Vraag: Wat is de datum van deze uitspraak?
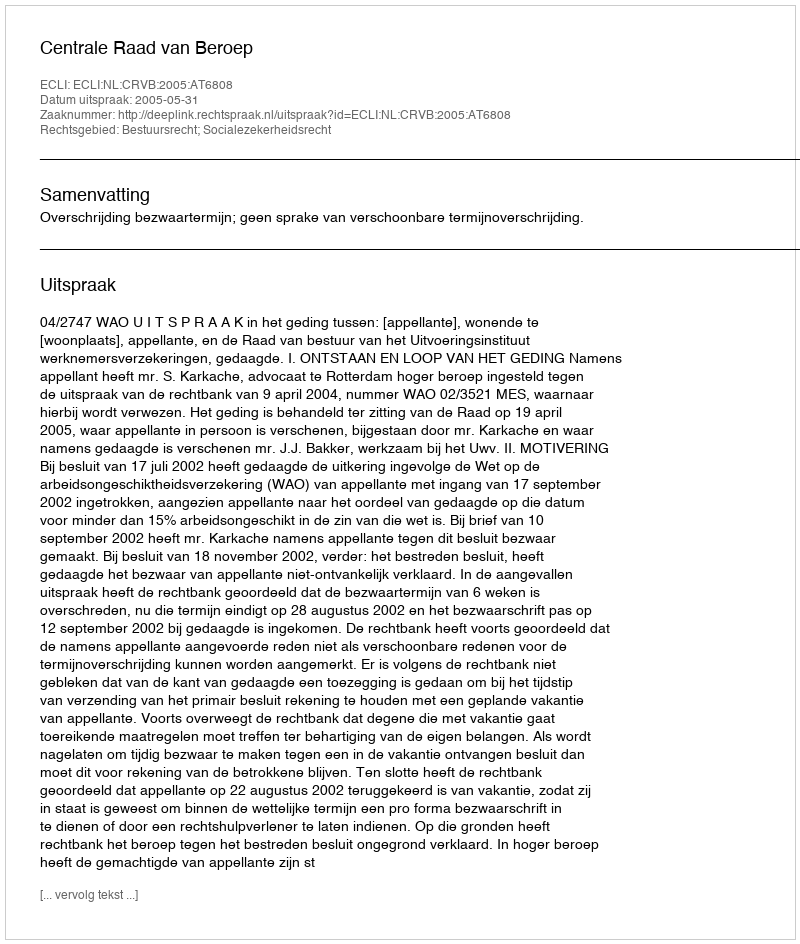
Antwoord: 2005-05-31